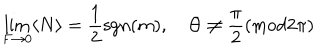
\lim _ { F \to 0 } \langle N \rangle = { \frac { 1 } { 2 } } \mathrm { s g n } ( m ) , \quad \Theta \neq \frac { \pi } { 2 } ( \mathrm { m o d } 2 \pi )